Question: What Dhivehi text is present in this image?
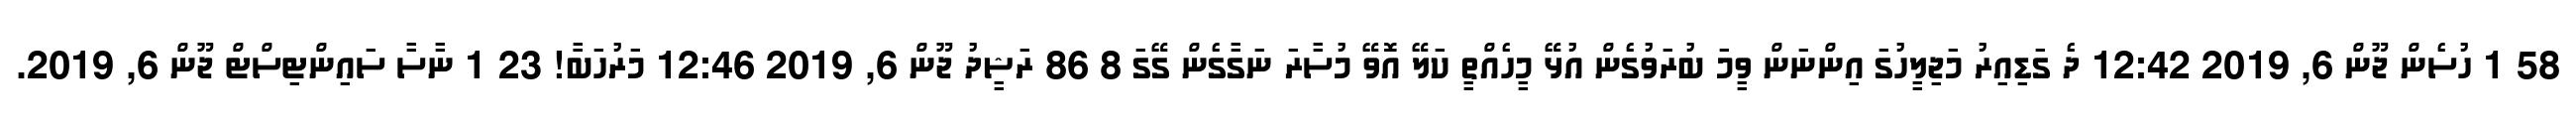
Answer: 58 1 ހުސެން ޖޫން 6, 2019 12:42 ދެ ގަޑިއިރު މަޖިލީހުގަ އިންނަން ވީމަ ބުރަވުގެން އުޅޭ މީހެއްތީ ކަލޭ އޮވޭ މުސާރަ ނަގާގެން ގޭގަ 8 86 ރަޝީދު ޖޫން 6, 2019 12:46 މަރުހަބާަ! 23 1 ނާސާ ސައިންޓިސްޓް ޖޫން 6, 2019.